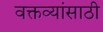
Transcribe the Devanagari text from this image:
वक्तव्यांसाठी